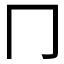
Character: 冂